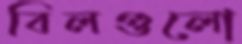
বিলগুলো